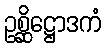
ဥစ္ဆိဋ္ဌောဒကံ